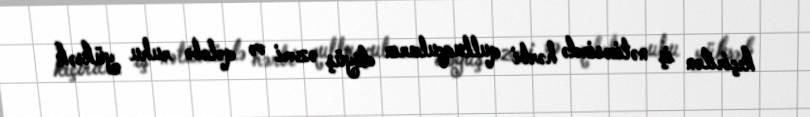
keçirilən iş nəticəsində hərbi qulluqçuların döyüş əzmi və qələbə ruhu yüksək